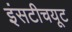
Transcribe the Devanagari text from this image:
इंसटीचयूट